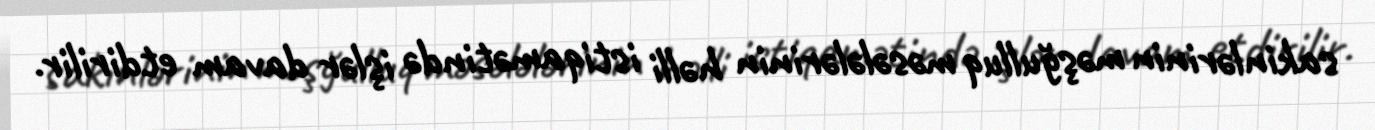
sakinlərinin məşğulluq məsələlərinin həlli istiqamətində işlər davam etdirilir.